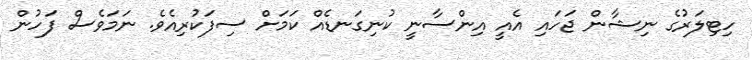
ހިޓިލަރުގެ ނިޝާން ޖަހައި އެއީ އިންސާނީ ކުނިގަނޑެއް ކަމަށް ސިފަކުރިއެވެ. ނަމަވެސް ފަހުން